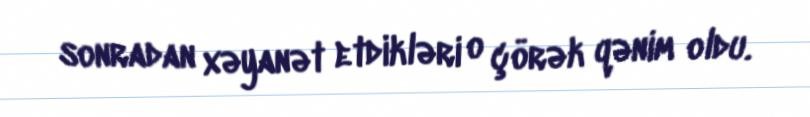
sonradan xəyanət etdikləri o çörək qənim oldu.